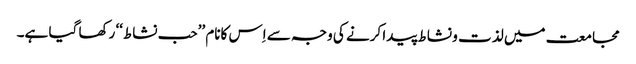
مجامعت میں لذت و نشاط پیدا کرنے کی وجہ سے اِس کانام ’’حب نشاط‘‘ رکھا گیا ہے۔